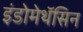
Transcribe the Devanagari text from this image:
इंडोमेथॅसिन